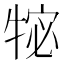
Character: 𭷩